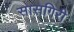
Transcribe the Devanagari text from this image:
सासगिरी